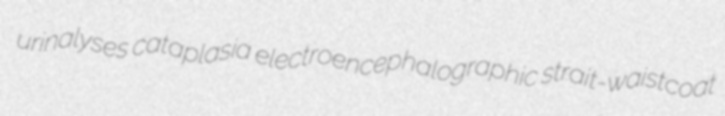
urinalyses cataplasia electroencephalographic strait-waistcoat